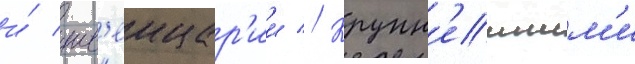
и́ шв'еицар'ии // Крупн'еишим'и